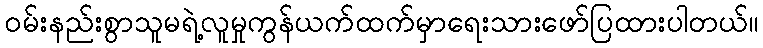
ဝမ်းနည်းစွာသူမရဲ့လူမှုကွန်ယက်ထက်မှာရေးသားဖော်ပြထားပါတယ်။